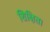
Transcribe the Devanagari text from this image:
शिक्षित।